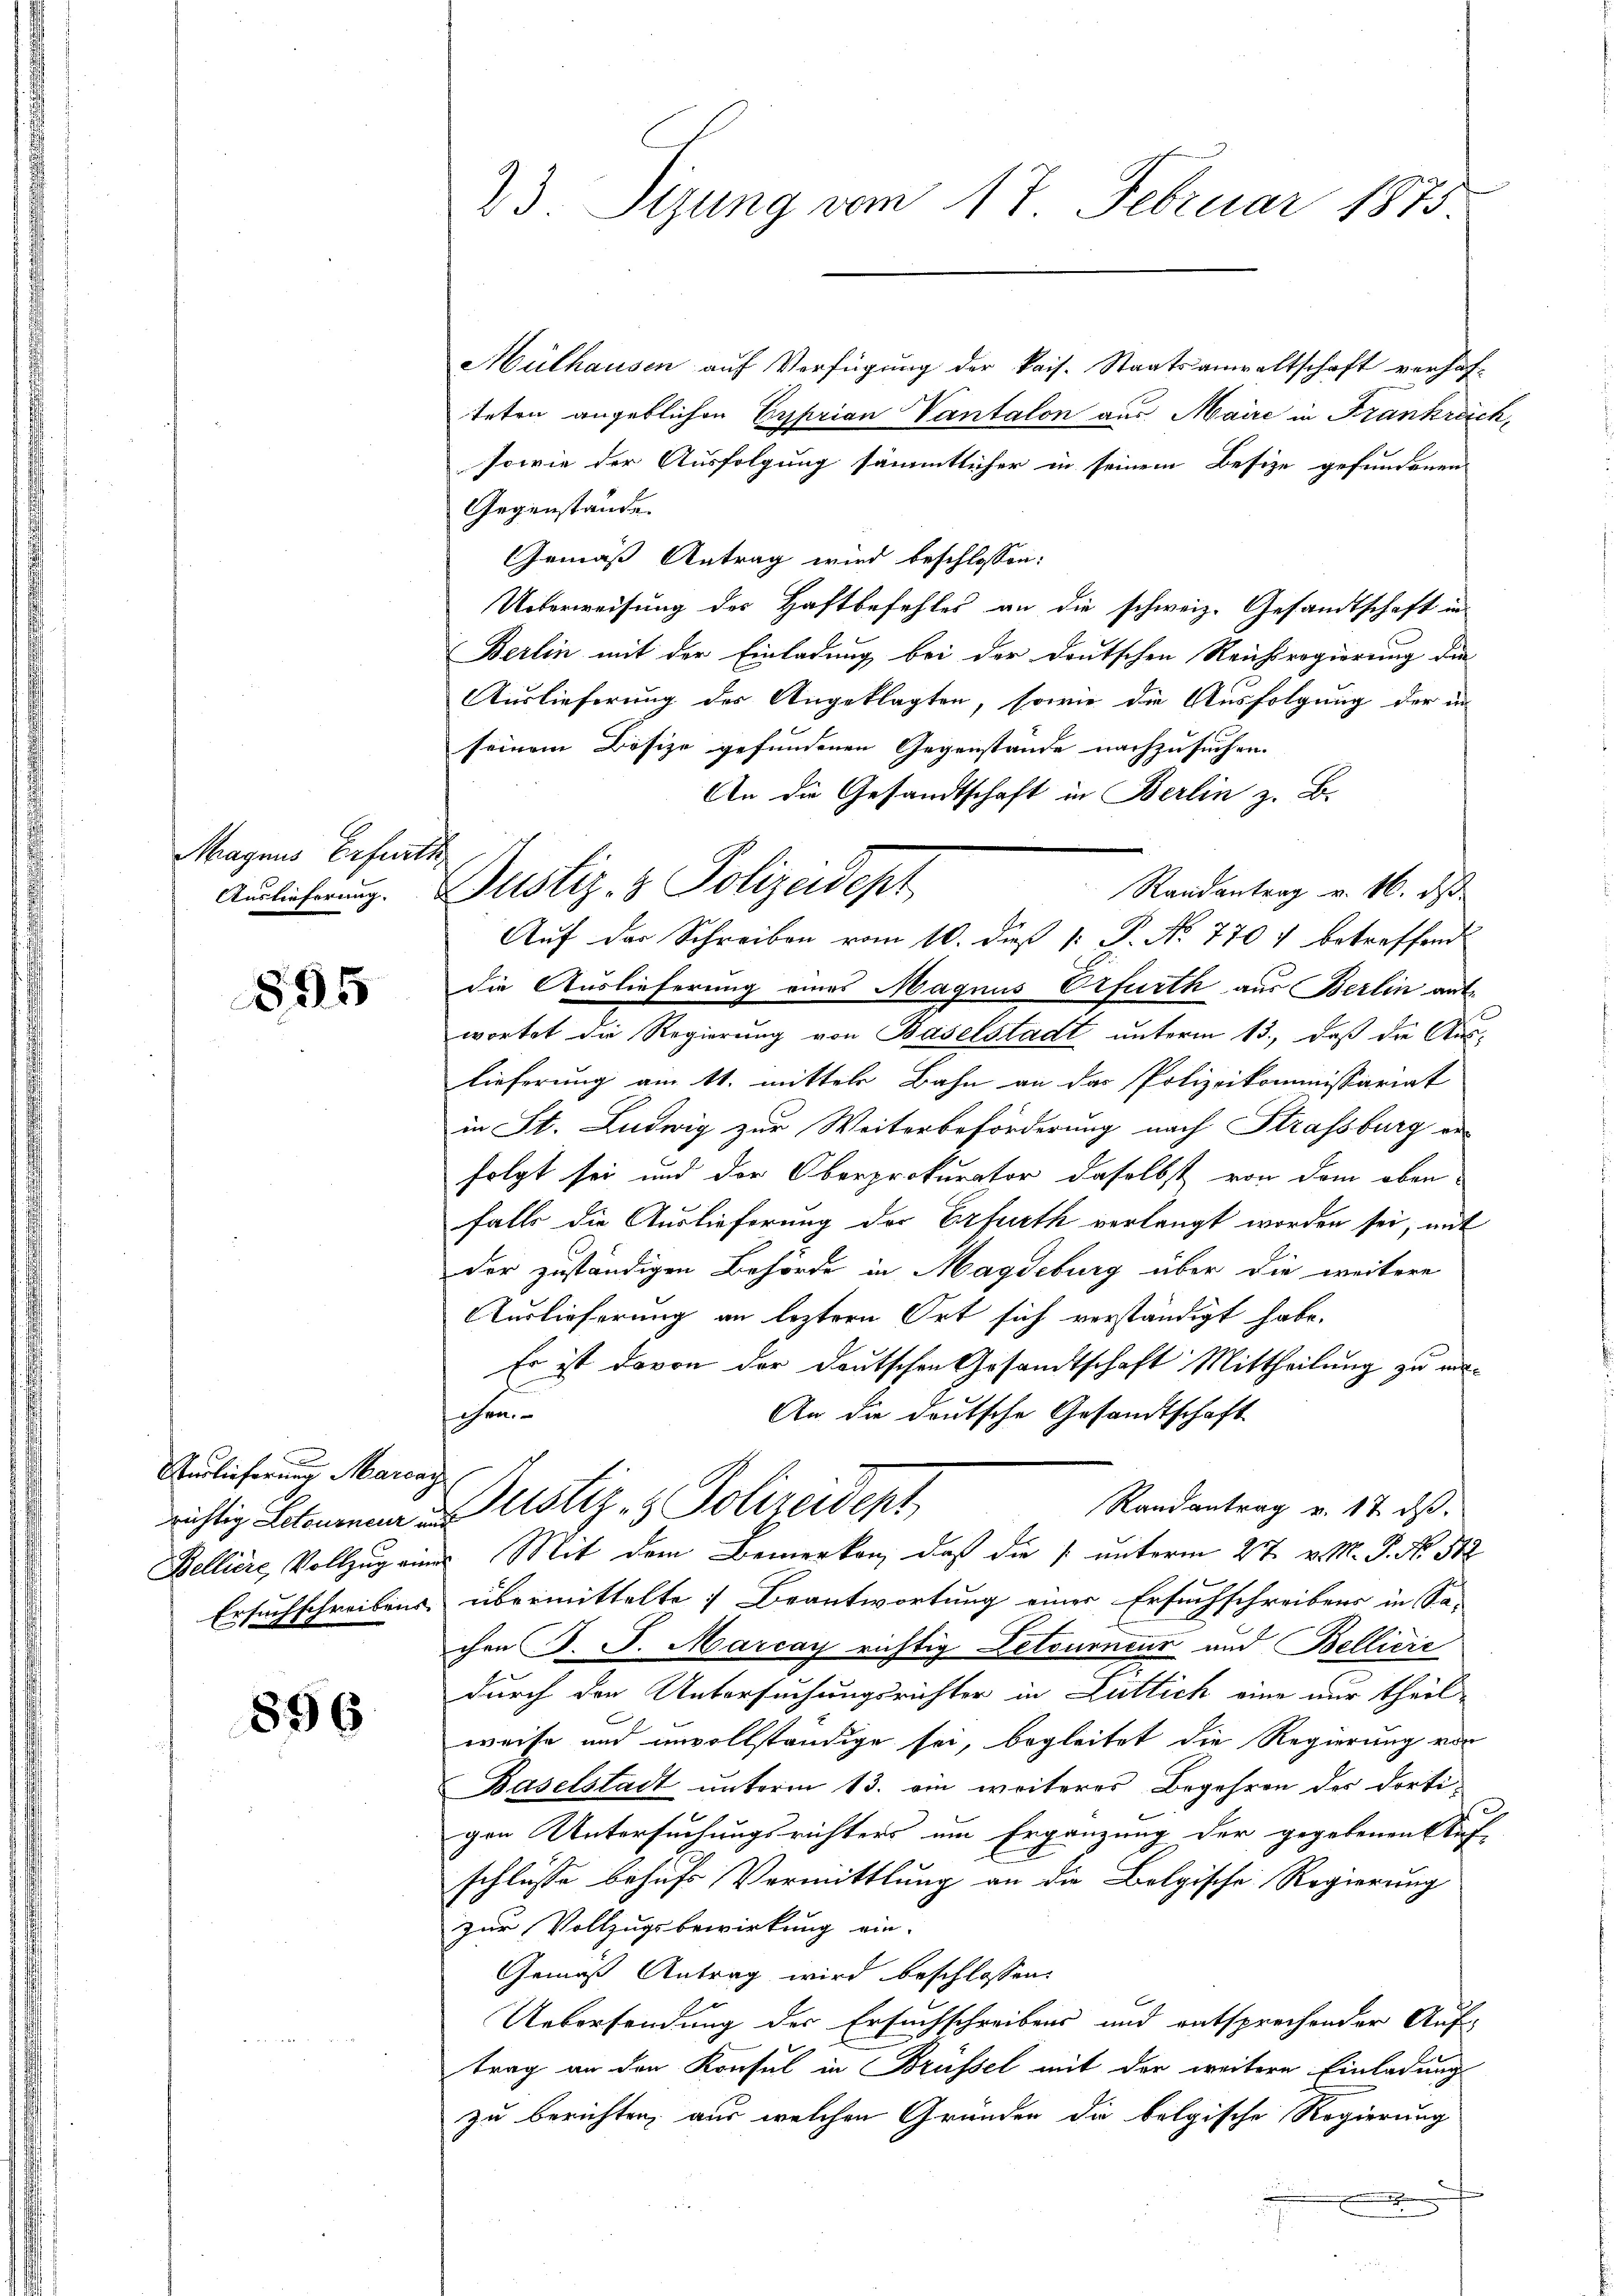
Magnus Erfurth

895

Auslieferung Marcaz

896

23. Sizung vom 17. Februar 1873

Mülhausen auf Verfügung der kais. Staatsanwaltschaft verhaf-
teten angeblichen Eyprian Vantalon aus Maire in Frankreier
sowie der Ausfolgung sämmtlicher in seinem Besize gefundenen
Gegenstände.
Gemäß Antrag wird beschlossen:
Unterweisung des Haftbefehles an die schweiz. Gesandtschaft in
Berlin mit der Einladung bei der deutschen Reichsregierung die
Auslieferung der Angeklagten, sowie die Ausfolgung der in
seinem Bisize gefundenen Gegenstände nachzusuchen.
An die Gesandtschaft in Berlin z. B.
Randantrag v. M. daß
Auf der Schreiben vom 10. dieß 1: P. No 7707 betreffend
die Auslieferung eines Magnus Erfurth aus Berlin antwortet die Regierung von Baselstadt unterm 13., daß die Aus-
lieferung am 11. mittels Bahn an das Polizeikommissariat
in St. Ludwig zur Weiterbeförderung nach Strassburg erfolgt sei und der Oberprokurator daselbst von dem oben
falls die Auslieferung der Erfurth verlangt worden sei, mit
der zuständigen Behörde in Magdeburg über die weitere
Auslieferung an leztern Ort sich verständigt habe.
Es ist davon der deutschen Gesandtschaft Mittheilung zu ma¬
An die deutsche Gesandtschaft
chen
Randantrag v. 17. ds.
richtig letzung in Justiz- & Polizeident
Belliere, Vollzug eine Mit dem Bemerken, daß die unterm 27. v. M. P. Nr. 312
Ersuchschreibens übermittelte Beantwortung einer Ersuchschreibens in Sa-
chen J. J. Marcay richtig Letourneur und Bellirić
durch den Untersuchungsrichter in Luttich eine nur theil
weise und unvollständige sei, begleitet die Regierung vor
Baselstadt unterm 13. ein weiteres Begehren des dorti-
gen Untersuchungsrichters um Ergänzung der gegebenen Auf-
schlüsse behufs Vermittlung an die Bolgische Regierung
zur Vollzugsbewirkung ein-
Gemäß Antrag wird beschlossen:
Uebersendung des Ersuchschreibens und entsprechender Auf-
trag an den Konsul in Brüssel mit der weitere Einladung
zu berichten, aus welchen Gründen die belgische Regierung
.

Auslieferung. Justiz- & Polizeidept